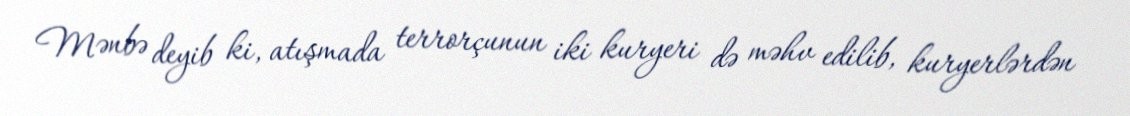
Mənbə deyib ki, atışmada terrorçunun iki kuryeri də məhv edilib, kuryerlərdən